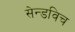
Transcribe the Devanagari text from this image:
सेन्डविच